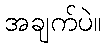
အချက်ပဲ။